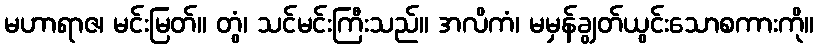
မဟာရာဇ၊ မင်းမြတ်။ တွံ၊ သင်မင်းကြီးသည်။ အလိကံ၊ မမှန်ချွတ်ယွင်းသောစကားကို။